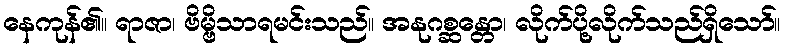
နေကုန်၏။ ရာဇာ၊ ဗိမ္ဗိသာရမင်းသည်။ အနုဂစ္ဆန္တော၊ လိုက်ပို့လိုက်သည်ရှိသော်။